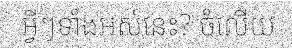
អ្វីៗទាំងអស់នេះ? ចំលើយ